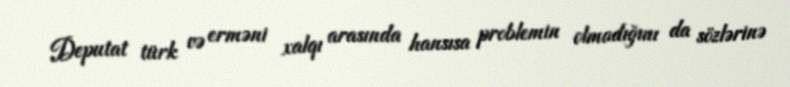
Deputat türk və erməni xalqı arasında hansısa problemin olmadığını da sözlərinə